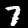
Digit: 7